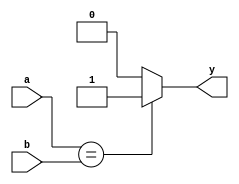
module cmp_eq(
        input [31:0] a,
        input [31:0] b,
        output y
    );
    
    assign y = a == b ? 1 : 0;

endmodule